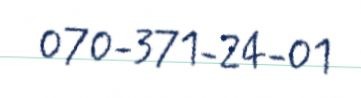
070-371-24-01